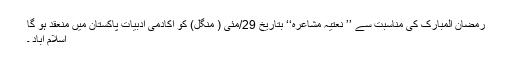
رمضان المبارک کی مناسبت سے ’’ نعتیہ مشاعرہ‘‘ بتاریخ 29/مئی ( منگل) کو اکادمی ادبیات پاکستان میں منعقد ہو گا
اسلام آباد ۔